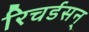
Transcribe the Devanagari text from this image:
रिचर्डसन्